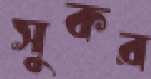
সুকর